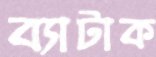
ব্যাটাক